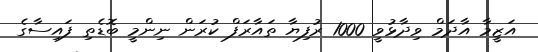
އަޒީމާ އާދަމް ވިދާޅުވީ 1000 ރުފިޔާ ތައާރަފް ކުރަން ނިންމީ ބޮޑެތި ފައިސާގެ